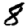
Digit: 8